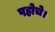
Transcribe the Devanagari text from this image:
पहोचे।